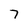
Character: 7